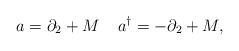
LaTeX: \begin{align*}a = \partial_2 + M \;\;\;\; a^{\dagger} = -\partial_2 + M,\end{align*}